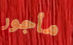
مأجور